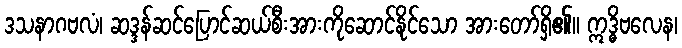
ဒသနာဂဗလံ၊ ဆဒ္ဒန်ဆင်ပြောင်ဆယ်စီးအားကိုဆောင်နိုင်သော အားတော်ရှိ၏။ ဣဒ္ဓိဗလေန၊